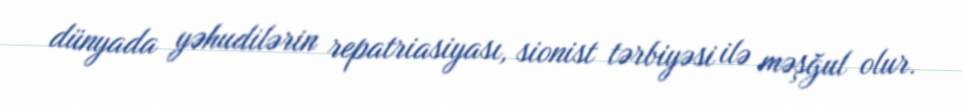
dünyada yəhudilərin repatriasiyası, sionist tərbiyəsi ilə məşğul olur.